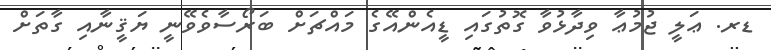
ޑރ. ޢަލީ ޖުމުޢާ ވިދާޅުވާ ގޮތުގައި ޑީއެންއޭގެ މައްޗަށް ބަރޯސާވެވޭނީ ޔަޤީނާއި ގާތަށް